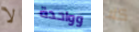
لا وواحدة كلا